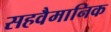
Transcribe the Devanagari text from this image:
सहवैमानिक